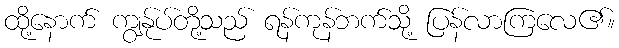
ထို့နောက် ကျွန်ုပ်တို့သည် ရန်ကုန်ဘက်သို့ ပြန်လာကြလေ၏။